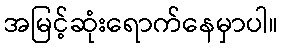
အမြင့်ဆုံးရောက်နေမှာပါ။